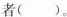
者()。